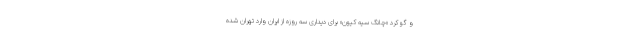
و گو کرد «چانگ سیه کیون» برای دیداری سه روزه از ایران وارد تهران شده